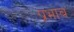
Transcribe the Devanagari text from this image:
प्रभाब